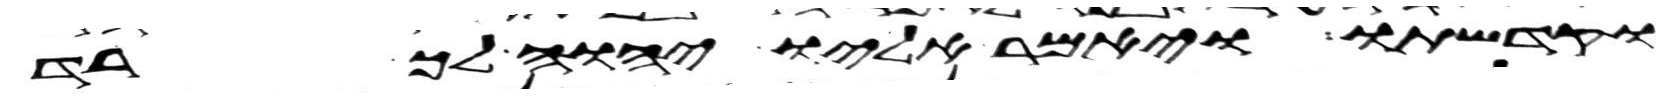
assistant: וקדשתו ויאמר אליו יהוה ך רד